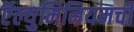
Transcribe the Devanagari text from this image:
ऍल्युमिनियमची